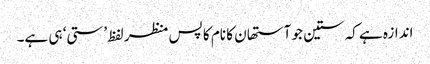
اندازہ ہے کہ ستین جو آستھان کا نام کا پس منظر لفظ ’ستی‘ ہی ہے۔